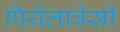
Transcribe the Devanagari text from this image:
पियेलावेसी